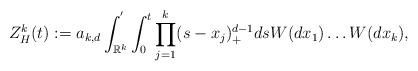
LaTeX: \begin{align*}Z_H^k(t):=a_{k,d}\int_{\mathbb{R}^k}^{'}\int_0^t \prod_{j=1}^k(s-x_j)_+^{d-1}ds W(dx_1)\ldots W(dx_k),\end{align*}